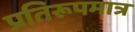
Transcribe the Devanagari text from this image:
प्रतिरूपमात्र